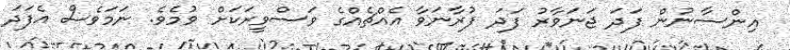
އިންސާނުން ފަދަ ޖަނަވާރު ފަދަ ފުރާނަވާ އެއްޗެއްގެ ވަސްވީރަކަށް ވުމެވެ. ނަމަވެސް އެފަދަ